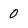
Character: 0